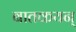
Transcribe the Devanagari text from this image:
बातकयन्